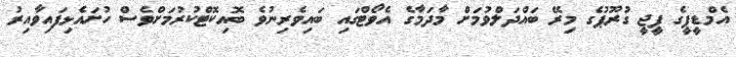
އެމްޑީޕީގެ ޕީޖީ ގުރޫޕުގެ މިރޭ ބައްދަލްވުމަށް މާދަމާގެ އެވޯޓްގައި ބައިވެރިނުވެ ބޮއިކޮޓްކުުރުމަށްވެސް ހުށައެޅިފައިވާއިރު